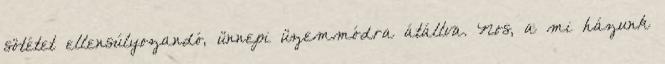
sötétet ellensúlyozandó, ünnepi üzemmódra átállva. Nos, a mi házunk